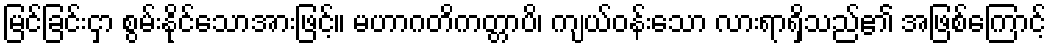
မြင်ခြင်းငှာ စွမ်းနိုင်သောအားဖြင့်။ မဟာဂတိကတ္တာပိ၊ ကျယ်ဝန်းသော လားရာရှိသည်၏ အဖြစ်ကြောင့်